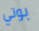
بوتي